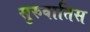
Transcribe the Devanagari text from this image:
सुरुवातिस